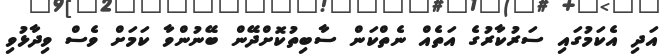
އަދި އެކަމުގައި ސަރުކާރުގެ އަތެއް ނެތްކަން ސާބިތުކޮށްދޭން ބޭނުންވާ ކަމަށް ވެސް ވިދާޅުވި